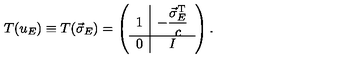
T ( u _ { E } ) \equiv T ( \vec { \sigma } _ { E } ) = \left( \begin{array} { c | c } { 1 } & { \displaystyle - \frac { \vec { \sigma } _ { E } ^ { \mathrm { T } } } { c } } \\ \hline { 0 } & { I } \\ \end{array} \right) .